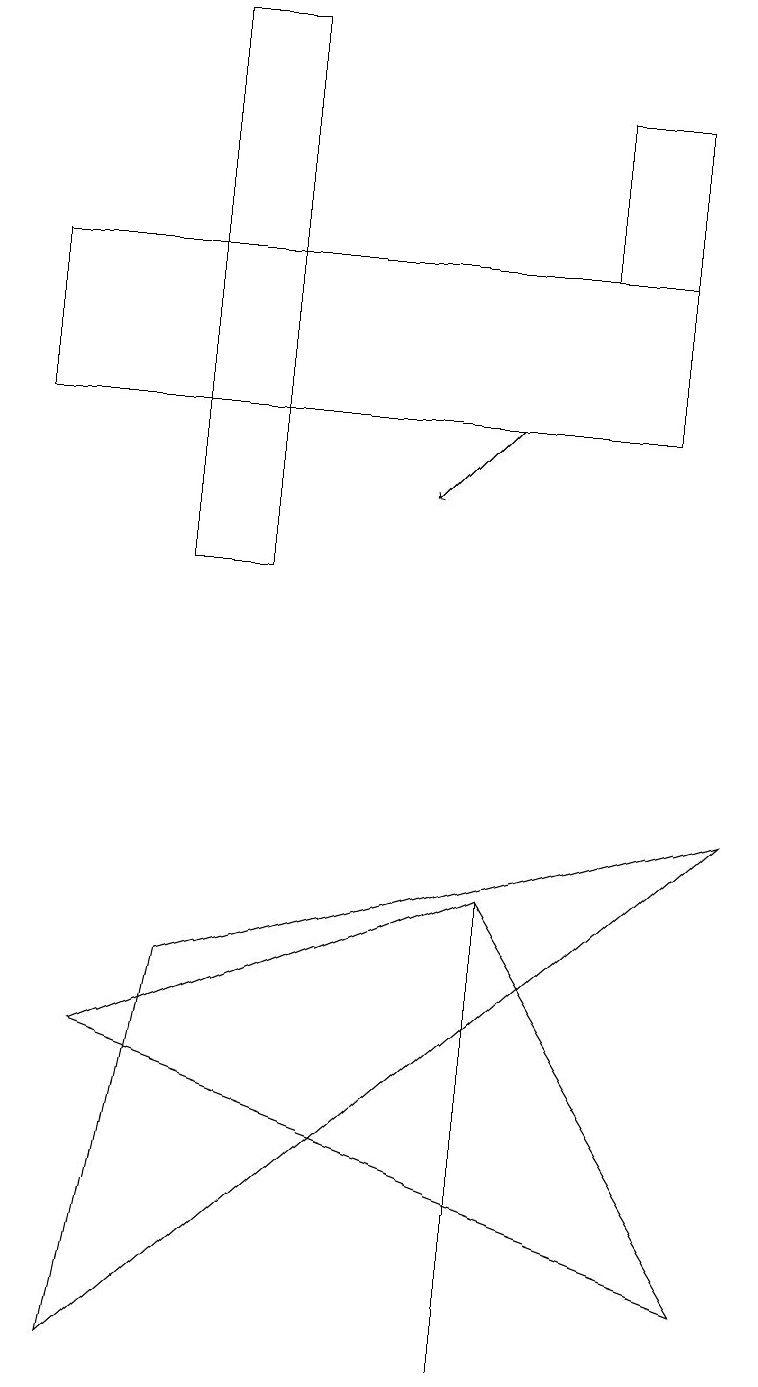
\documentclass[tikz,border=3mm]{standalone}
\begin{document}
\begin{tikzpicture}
\draw (9,3) -- (1,6) -- (6,8) -- cycle;
\draw (2,19) rectangle (3,12);
\draw (8,18) rectangle (7,16);
\draw (6,8) -- (6,8) -- (6,2) -- cycle;
\draw[->] (6,14) -- (5,13);
\draw (0,14) rectangle (8,16);
\draw (9,9) -- (1,2) -- (2,7) -- cycle;
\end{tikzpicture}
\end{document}